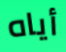
أياه